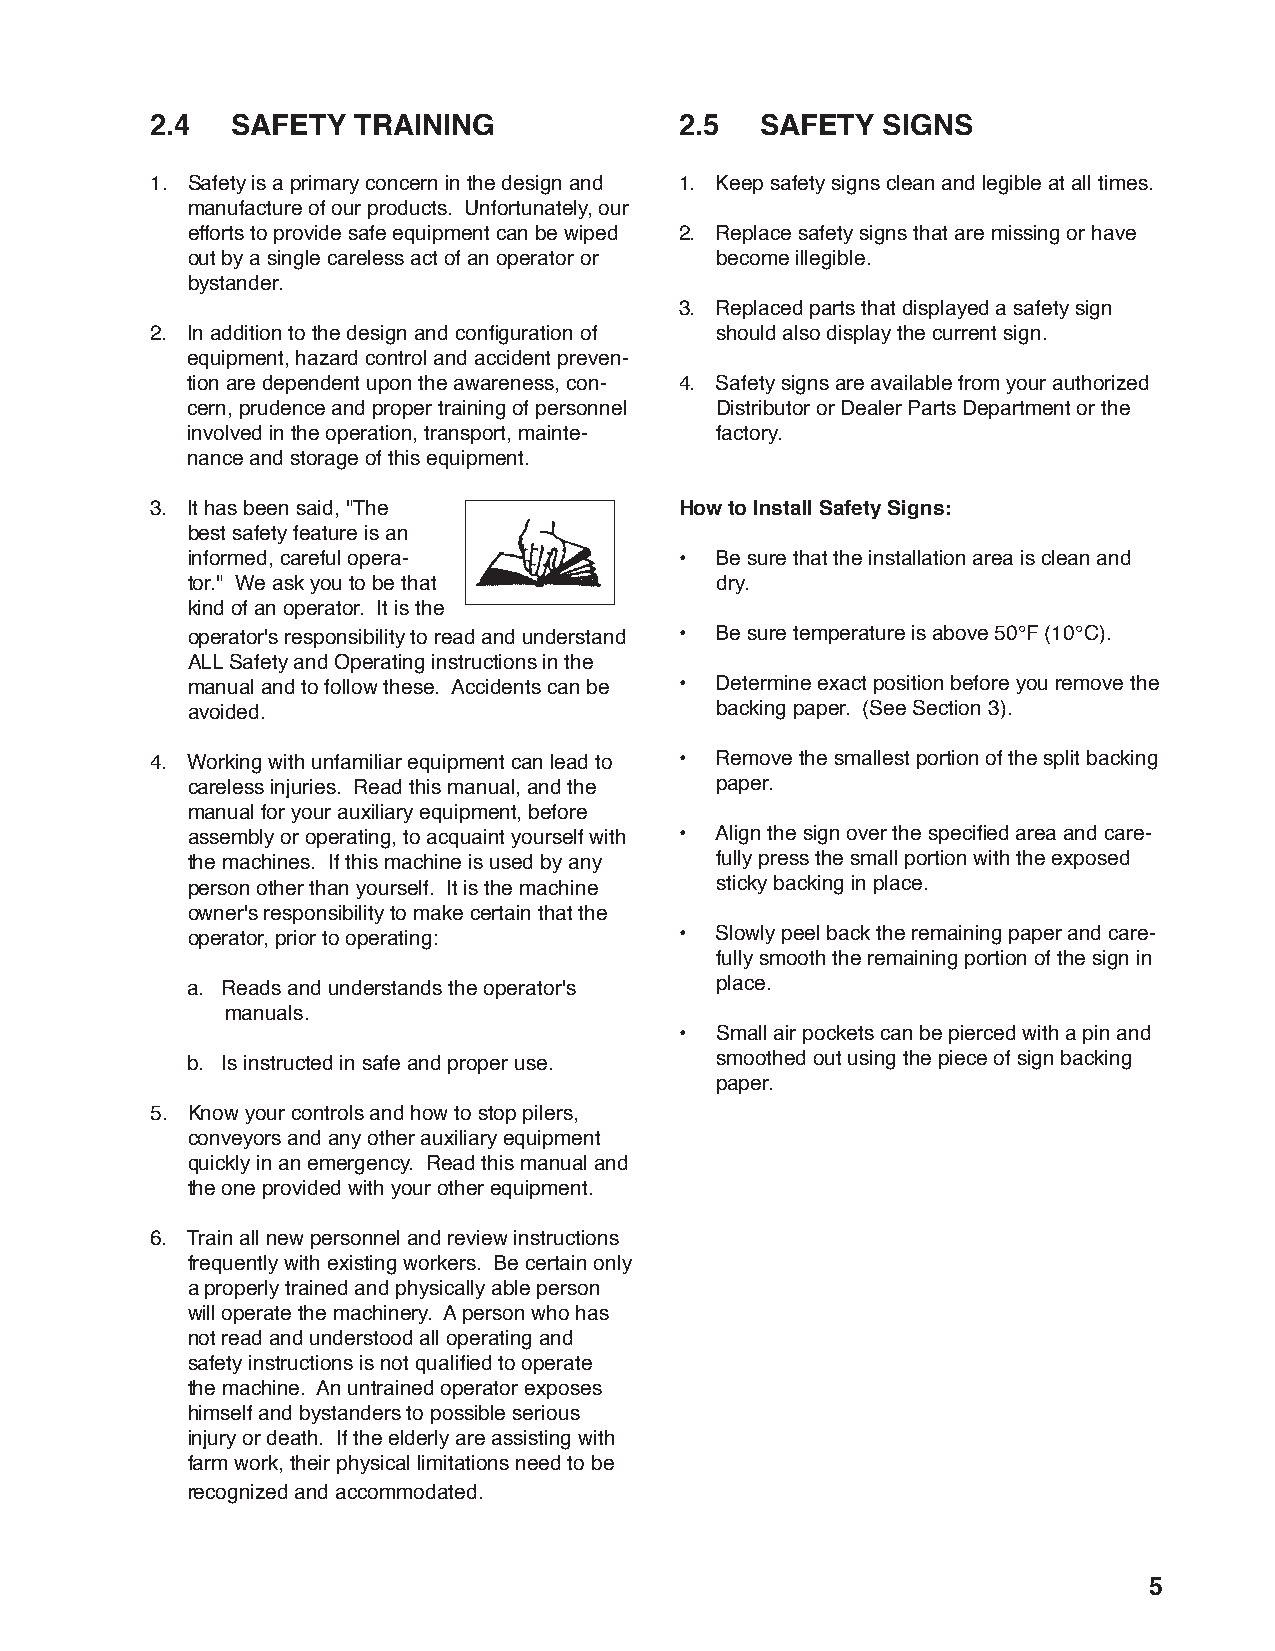
2.4  SAFETY  TRAINING              2.5  SAFETY  SIGNS
 1. Safety is a primary concern in the design and 1. Keep safety signs clean and legible at all times.
 manufacture of our products. Unfortunately, our
 efforts to provide safe equipment can be wiped 2. Replace safety signs that are missing or have
 out by a single careless act of an operator or become illegible.
 bystander.
 3. Replaced parts that displayed a safety sign
 2. In addition to the design and confi guration of should also display the current sign.
 equipment, hazard control and accident preven-
 tion are dependent upon the awareness, con- 4. Safety signs are available from your authorized
 cern, prudence and proper training of personnel Distributor or Dealer Parts Department or the
 involved in the operation, transport, mainte- factory.
 nance and storage of this equipment.
 3. It has been said, "The          How to Install Safety Signs:
 best safety feature is an
 informed, careful opera-         • Be sure that the installation area is clean and
 tor." We ask you to be that        dry.
 kind of an operator. It is the
 operator's responsibility to read and understand • Be sure temperature is above 50°F (10°C).
 ALL Safety and Operating instructions in the
 manual and to follow these. Accidents can be • Determine exact position before you remove the
 avoided.                           backing paper. (See Section 3).
 4. Working with unfamiliar equipment can lead to • Remove the smallest portion of the split backing
 careless injuries. Read this manual, and the paper.
 manual for your auxiliary equipment, before
 assembly or operating, to acquaint yourself with • Align the sign over the specifi ed area and care-
 the machines. If this machine is used by any fully press the small portion with the exposed
 person other than yourself. It is the machine sticky backing in place.
 owner's responsibility to make certain that the
 operator, prior to operating:    • Slowly peel back the remaining paper and care-
 fully smooth the remaining portion of the sign in
 a. Reads and understands the operator's place.
 manuals.
 • Small air pockets can be pierced with a pin and
 b. Is instructed in safe and proper use. smoothed out using the piece of sign backing
 paper.
 5. Know your controls and how to stop pilers,
 conveyors and any other auxiliary equipment
 quickly in an emergency. Read this manual and
 the one provided with your other equipment.
 6. Train all new personnel and review instructions
 frequently with existing workers. Be certain only
 a properly trained and physically able person
 will operate the machinery. A person who has
 not read and understood all operating and
 safety instructions is not qualifi ed to operate
 the machine. An untrained operator exposes
 himself and bystanders to possible serious
 injury or death. If the elderly are assisting with
 farm work, their physical limitations need to be
 recognized and accommodated.
 5